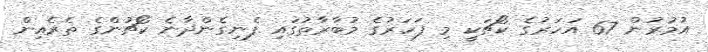
އުމުރުން 67 އަހަރުގެ ކޯޗަކީ މި ފަހަރުގެ މުބާރާތުގައި ފެނިގެންދާނެ ކޯޗުންގެ ތެރެއިން